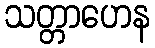
သတ္တာဟေန